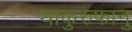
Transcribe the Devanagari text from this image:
थाकुरुफानु